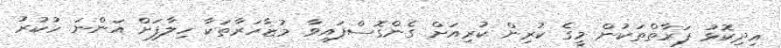
އިދިކޮޅު ފަރާތްތަކުން މީގެ ކުރިން ކުރިއަށް ގެންގޮސްފައިވާ މުޒާހަރާތަކާ ހިލާފަށް އަންނަ ހުކުރު